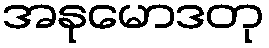
အနုမောဒတု